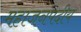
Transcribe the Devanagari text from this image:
महाजनपदीय